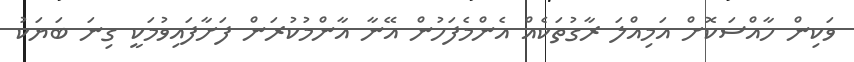
ވަކިން ހާއްސަކޮށް އަމިއްލަ ރާގުތަކެއް އެންމެފަހުން އޭނާ އާންމުކުރަން ފަށާފައިވުމަކީ ގިނަ ބަޔަކު